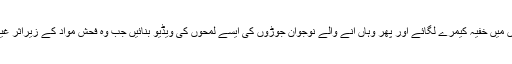
نیٹ کیفے کے مالک نے ان کیبنوں میں خفیہ کیمرے لگائے اور پھر وہاں آنے والے نوجوان جوڑوں کی ایسے لمحوں کی ویڈیو بنائیں جب وہ فحش مواد کے زیراثر غیر اخلاقی حرکتوں میں ملوث تھے۔